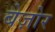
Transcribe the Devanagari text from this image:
बेज़ोर